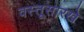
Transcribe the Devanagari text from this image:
वस्तूसारखे